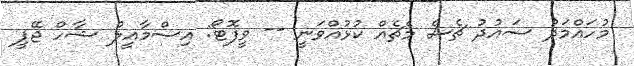
މުހައްމަދު ސައުދު ޗެސް މެޗެއް ކުޅުއްވަނީ -- ވީފޮޓޯ: އިސްމާއީލް ޝާހް ޖޭޕީ